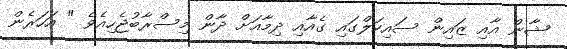
ޝާން އާއި ޒައިން ސައިކަލްގައި ގެއާއި ދިމާއަށް ދާން މިސްރާބުޖެހިއެވެ " އަހަރެން